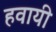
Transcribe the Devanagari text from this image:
हवायी